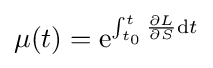
\mu (t)=\mathrm {e} ^{\int _{t_{0}}^{t}{\frac {\partial L}{\partial S}}\mathrm {d} t}